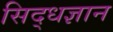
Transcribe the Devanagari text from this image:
सिद्धज्ञान